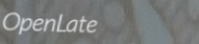
OpenLate